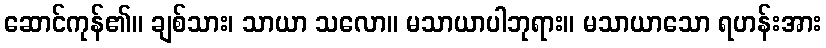
ဆောင်ကုန်၏။ ချစ်သား၊ သာယာ သလော။ မသာယာပါဘုရား။ မသာယာသော ရဟန်းအား